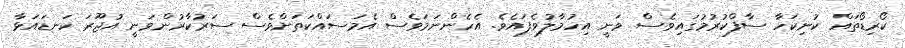
ކޯރިޑޯތައް ކުނިކަހާ ސާފްކުރުމުގައިވެސް ވަނީ އިހުމާލުވެފައެވެ. އެހެންނަމަވެސް އެމަސައްކަތަށްވެސް ސަރުކާރުންވަނީ އުޖޫރަ ކަނޑައަޅާ